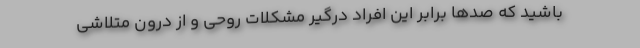
باشید که صدها برابر این افراد درگیر مشکلات روحی و از درون متلاشی